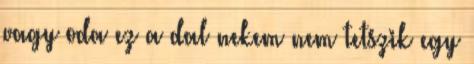
vagy oda ez a dal nekem nem tetszik egy